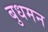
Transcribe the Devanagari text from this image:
बुधमन